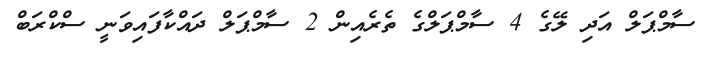
ސާމްޕަލް އަދި ލޭގެ 4 ސާމްޕަލްގެ ތެރެއިން 2 ސާމްޕަލް ދައްކާފައިވަނީ ސްކްރަބް